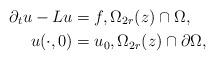
LaTeX: \begin{align*}\partial_t u - Lu &= f, \Omega_{2r}(z)\cap \Omega, \\u(\cdot, 0) &= u_0, \Omega_{2r}(z)\cap \partial \Omega,\end{align*}